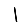
Digit: 1